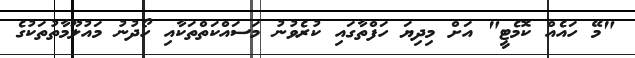
"މޭ ހައެއް ކޮމެޓީ" އަށް މިދިޔަ ހަފްތާގައި ކުރެވުނު މަސައްކަތްތަކާއި ހޯދުނު މައުލޫމާތުތަކުގެ